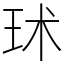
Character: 㺷